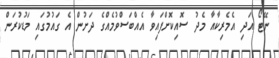
ނޭޓޯ އަދި އެމެރިކާއާ މެދު ސޮއިކޮށްފައިވާ އެއްބަސްވުމެއްގެ ދަށުން އެ ގައުމުގައި މަޑުކުރަން